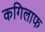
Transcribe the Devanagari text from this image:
कगिलाफ